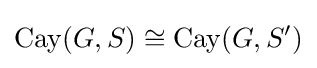
\operatorname {Cay} (G,S)\cong \operatorname {Cay} (G,S')